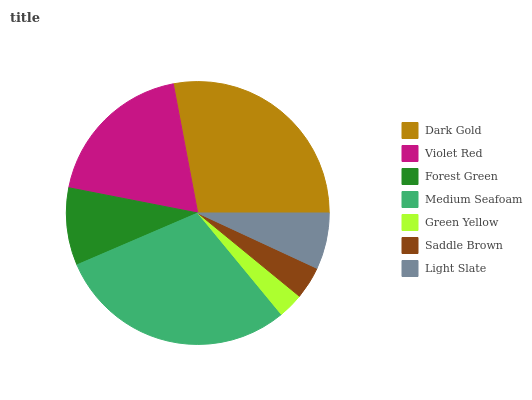
| Dark Gold | Violet Red | Forest Green | Medium Seafoam | Green Yellow | Saddle Brown | Light Slate |
 | --- | --- | --- | --- | --- | --- | --- |
 | 28% | 19% | 9.52% | 29.5% | 3.11% | 4.01% | 6.91% |